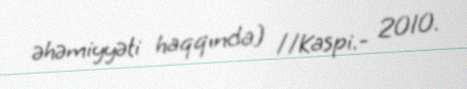
əhəmiyyəti haqqında] //Kaspi.- 2010.